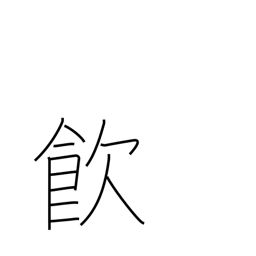
Meaning: drink